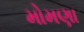
મોમણા